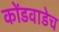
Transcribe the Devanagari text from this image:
कोंडवाडेच